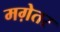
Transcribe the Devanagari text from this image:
मग़ेतर